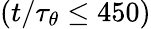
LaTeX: (t/\tau_{\theta}\leq 450)